Leaving Certificate Examination (including Day School Certificate (Higher) General paper), 1936
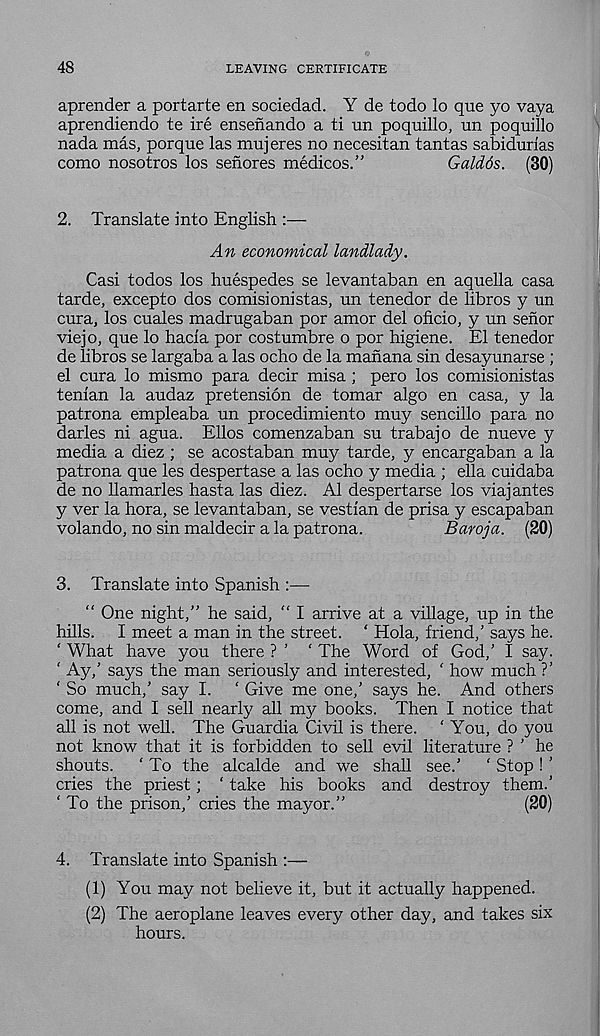
48
LEAVING CERTIFICATE
aprender a portarte en sociedad. Y de todo lo que yo vaya
aprendiendo te ire ensenando a ti un poquillo, un poquillo
nada mas, porque las mujeres no necesitan tantas sabidurias
como nosotros los senores medicos.”
Galdos. (30)
2. Translate into English :—
An economical landlady.
Casi todos los huespedes se levantaban en aquella casa
tarde, excepto dos comisionistas, un tenedor de libros y un
cura, los cuales madrugaban por amor del oficio, y un senor
viejo, que lo hacla por costumbre o por higiene. El tenedor
de libros se largaba a las ocho de la manana sin desayunarse ;
el cura lo mismo para decir misa ; pero los comisionistas
tenian la audaz pretension de tomar algo en casa, y la
patrona empleaba un procedimiento muy sencillo para no
darles ni agua. Elios comenzaban su trabajo de nueve y
media a diez ; se acostaban muy tarde, y encargaban a la
patrona que les despertase a las ocho y media ; ella cuidaba
de no llamarles hasta las diez. A1 despertarse los viaj antes
y ver la hora, se levantaban, se vestian de prisa y escapaban
volando, no sin maldecir a la patrona.
Baroja. (20)
3. Translate into Spanish :—
” One night,” he said, “ I arrive at a village, up in the
hills. I meet a man in the street. ‘ Hola, friend/ says he.
' What have you there ? ’ ‘ The Word of God/ I say.
‘ Ay/ says the man seriously and interested, ' how much ?’
' So much/ say I.
‘ Give me one,’ says he. And others
come, and I sell nearly all my books. Then I notice that
all is not well. The Guardia Civil is there. ‘ You, do you
not know that it is forbidden to sell evil literature ? ’ he
shouts.
‘ To the alcalde and we shall see/
‘ Stop ! ’
cries the priest; ‘ take his books and destroy them/
‘ To the prison,’ cries the mayor.”
(20)
4. Translate into Spanish :—
(1) You may not believe it, but it actually happened.
(2) The aeroplane leaves every other day, and takes six
hours.